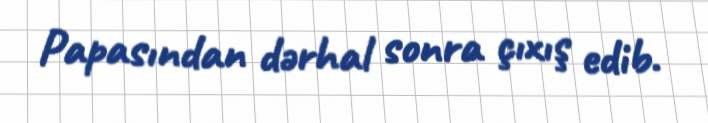
Papasından dərhal sonra çıxış edib.